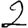
Digit: 2